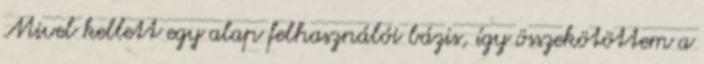
Mivel kellett egy alap felhasználói bázis, így összekötöttem a